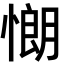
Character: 𢠯